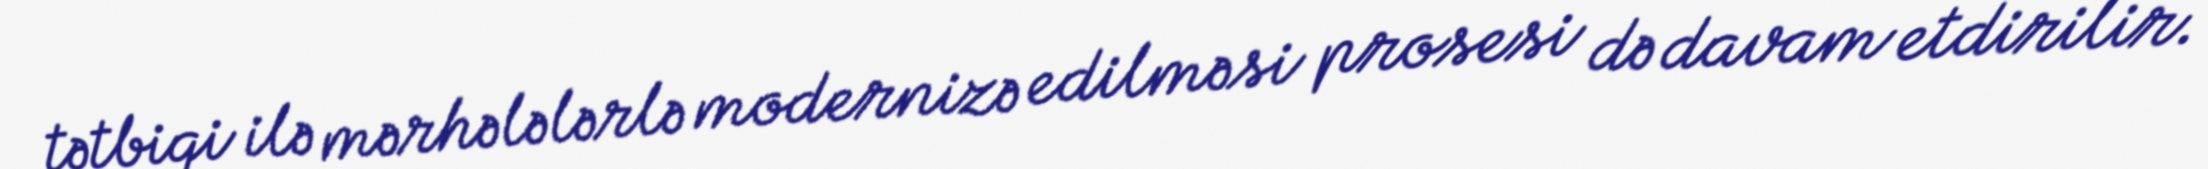
tətbiqi ilə mərhələlərlə modernizə edilməsi prosesi də davam etdirilir.